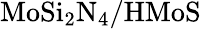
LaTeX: \mathrm{MoSi_{2}N_{4}/HMoS}